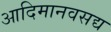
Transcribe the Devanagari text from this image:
आदिमानवसद्य